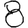
Digit: 8